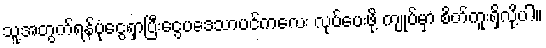
သူ့အတွက်ရန်ပုံငွေရှာပြီးငွေပဒေသာပင်ကလေး လုပ်ပေးဖို့ ကျုပ်မှာ စိတ်ကူးရှိလို့ပါ။